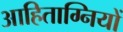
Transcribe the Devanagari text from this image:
आहिताग्नियों